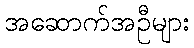
အဆောက်အဦများ